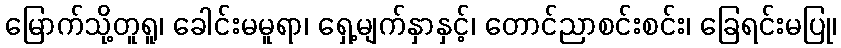
မြောက်သို့တူရူ၊ ခေါင်းမမူရာ၊ ရှေ့မျက်နှာနှင့်၊ တောင်ညာစင်းစင်း၊ ခြေရင်းမပြု၊